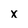
Character: X